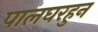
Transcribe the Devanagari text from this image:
पालघरहुन